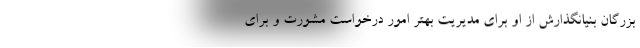
بزرگان بنیانگذارش از او برای مدیریت بهتر امور درخواست مشورت و برای